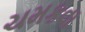
ચમકવા